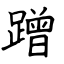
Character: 蹭